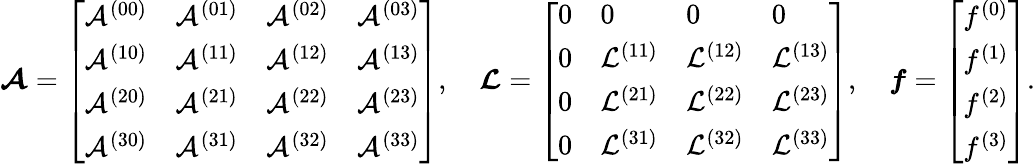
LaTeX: \boldsymbol{\mathcal{A}}=\left[\begin{array}{llll}{\mathcal{A}^{(00)}}&{\mathcal{A}^{(01)}}&{\mathcal{A}^{(02)}}&{\mathcal{A}^{(03)}}\\ {\mathcal{A}^{(10)}}&{\mathcal{A}^{(11)}}&{\mathcal{A}^{(12)}}&{\mathcal{A}^{(13)}}\\ {\mathcal{A}^{(20)}}&{\mathcal{A}^{(21)}}&{\mathcal{A}^{(22)}}&{\mathcal{A}^{(23)}}\\ {\mathcal{A}^{(30)}}&{\mathcal{A}^{(31)}}&{\mathcal{A}^{(32)}}&{\mathcal{A}^{(33)}}\end{array}\right],\quad\boldsymbol{\mathcal{L}}=\left[\begin{array}{llll}{0}&{0}&{0}&{0}\\ {0}&{\mathcal{L}^{(11)}}&{\mathcal{L}^{(12)}}&{\mathcal{L}^{(13)}}\\ {0}&{\mathcal{L}^{(21)}}&{\mathcal{L}^{(22)}}&{\mathcal{L}^{(23)}}\\ {0}&{\mathcal{L}^{(31)}}&{\mathcal{L}^{(32)}}&{\mathcal{L}^{(33)}}\end{array}\right],\quad\boldsymbol{f}=\left[\begin{array}{l}{f^{(0)}}\\ {f^{(1)}}\\ {f^{(2)}}\\ {f^{(3)}}\end{array}\right].